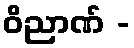
ဝိညာဏ် -